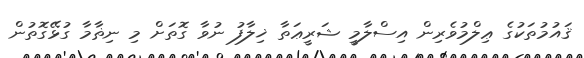
ޤައުމުތަކުގެ ޢިލްމުވެރިން އިސްލާމީ ޝަރީޢަތާ ޚިލާފު ނުވާ ގޮތަށް މި ނިޡާމާ ގުޅޭގޮތުން